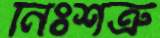
নিঃশত্রু